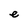
Character: e